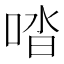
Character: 𠴲